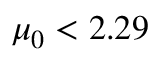
\mu _ { 0 } < 2 . 2 9